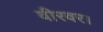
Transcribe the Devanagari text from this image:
वीरवर।